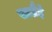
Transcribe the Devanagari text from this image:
सत्सैई